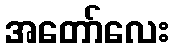
အတော်လေး